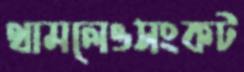
থামলেওসংকট